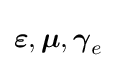
{\boldsymbol {\varepsilon }},{\boldsymbol {\mu }},{\boldsymbol {\gamma }}_{e}